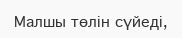
Малшы төлін сүйеді,